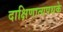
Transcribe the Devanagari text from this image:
दाक्षिणात्यपथके